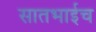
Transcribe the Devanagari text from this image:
सातभाईच